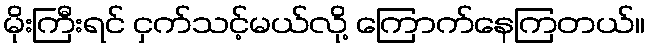
မိုးကြီးရင် ငှက်သင့်မယ်လို့ ကြောက်နေကြတယ်။